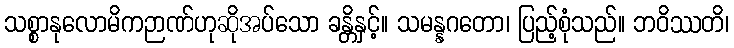
သစ္စာနုလောမိကဉာဏ်ဟုဆိုအပ်သော ခန္တိနှင့်။ သမန္နဂတော၊ ပြည့်စုံသည်။ ဘဝိဿတိ၊